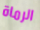
الرماة